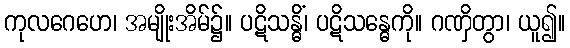
ကုလဂေဟေ၊ အမျိုးအိမ်၌။ ပဋိသန္ဓိံ၊ ပဋိသန္ဓေကို။ ဂဏှိတွာ၊ ယူ၍။